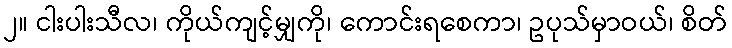
၂။ ငါးပါးသီလ၊ ကိုယ်ကျင့်မျှကို၊ ကောင်းရစေကာ၊ ဥပုသ်မှာဝယ်၊ စိတ်